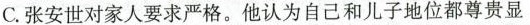
C.张安世对家人要求严格，他认为自己和儿子地位都尊贵显